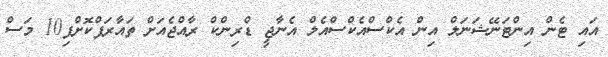
އައި ޓެން އިންޓަނޭޝަނަލް އިން އެކްސްއެކްސްއެލް އެނާޖީ ޑްރިންކް ރާއްޖެއަށް ތައާރަފްކޮށްފި10 މަސް